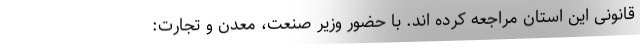
قانونی این استان مراجعه کرده اند. با حضور وزیر صنعت، معدن و تجارت: